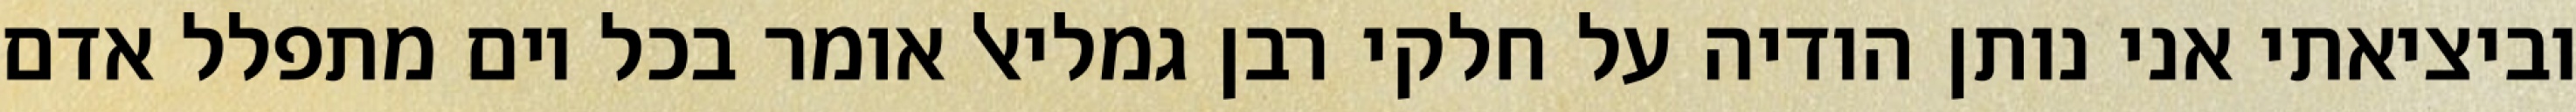
וביציאתי אני נותן הודיה על חלקי רבן גמליאל אומר בכל יום מתפלל אדם